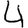
Digit: 4